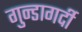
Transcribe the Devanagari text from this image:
गुन्डागर्दी